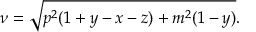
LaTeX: \nu = \sqrt { p ^ { 2 } ( 1 + y - x - z ) + m ^ { 2 } ( 1 - y ) } .